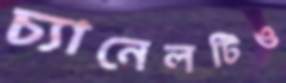
চ্যানেলটিও